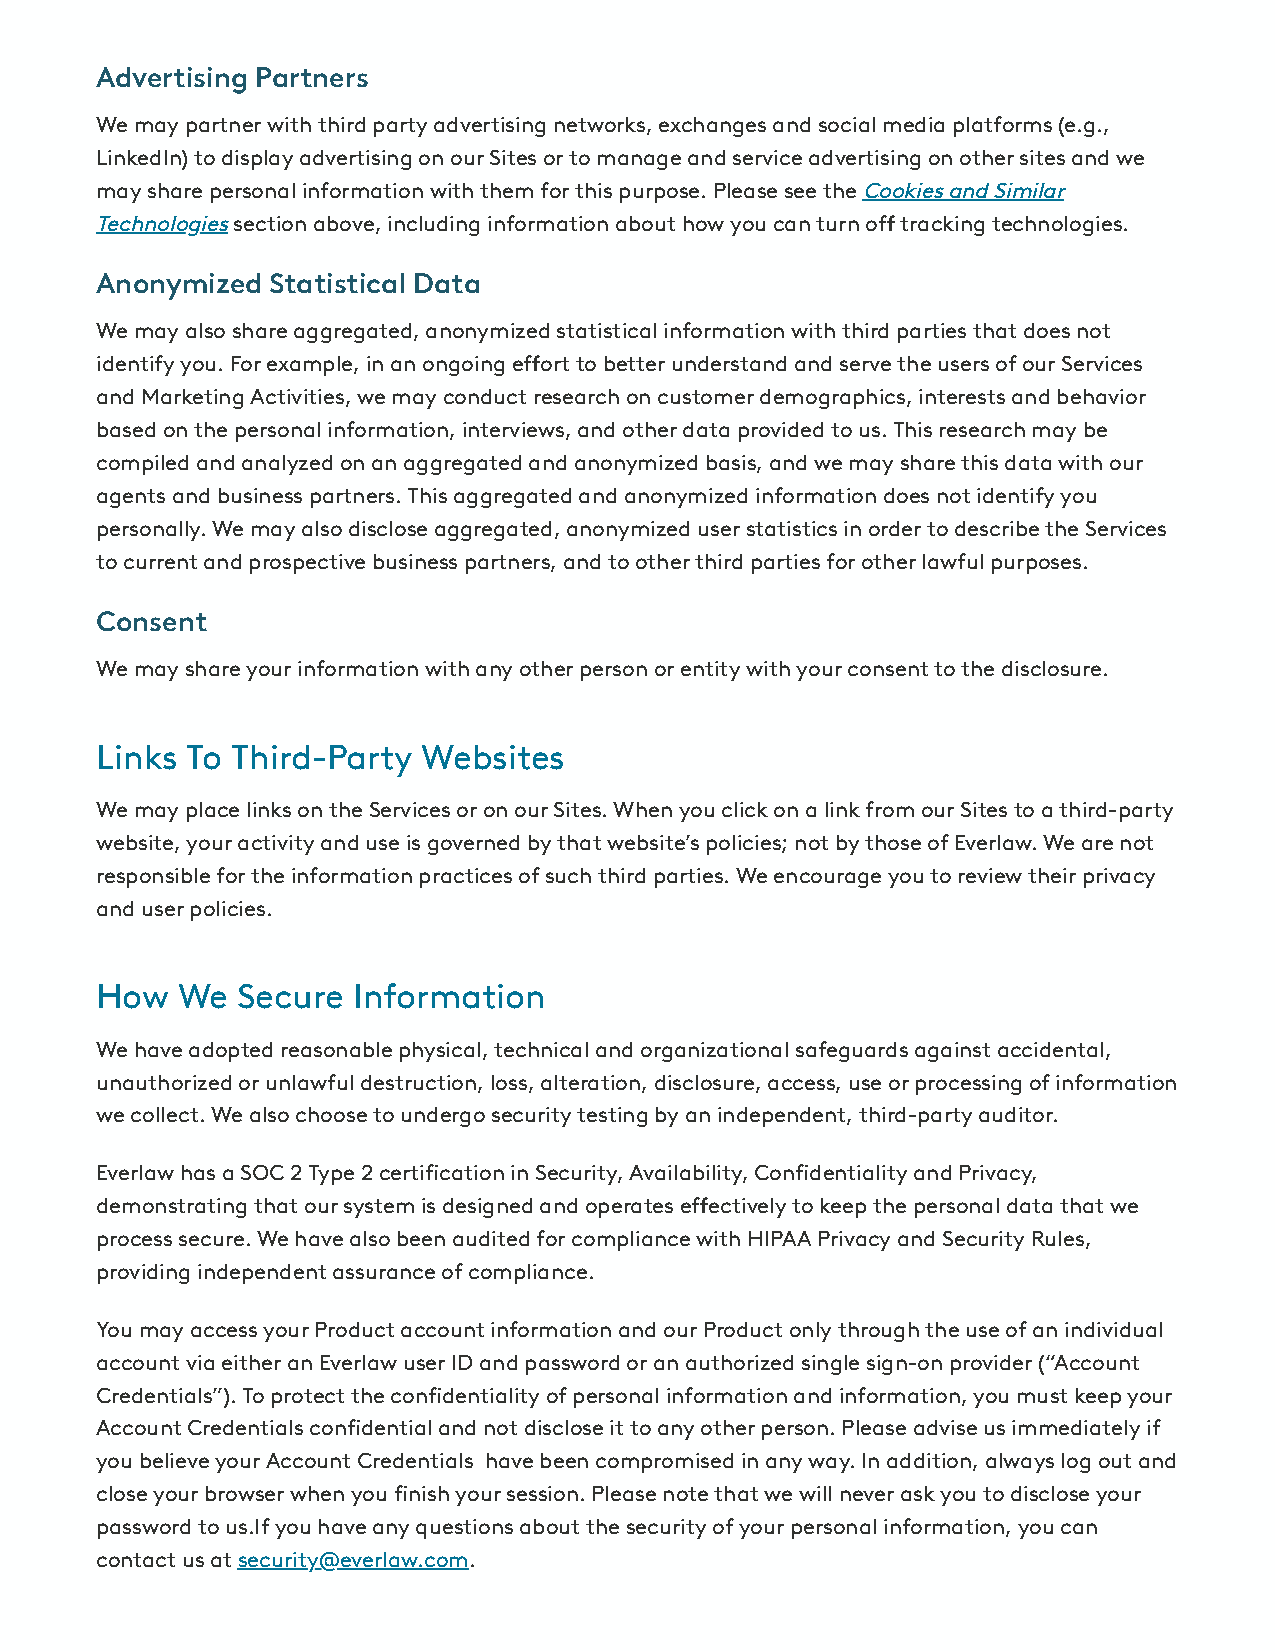
Advertising Partners
 We may partner with third party advertising networks, exchanges and social media platforms (e.g.,
 LinkedIn) to display advertising on our Sites or to manage and service advertising on other sites and we
 may share personal information with them for this purpose. Please see the Cookies and Similar
 Technologies section above, including information about how you can turn o tracking technologies.
 Anonymized  Statistical Data
 We may also share aggregated, anonymized statistical information with third parties that does not
 identify you. For example, in an ongoing eort to better understand and serve the users of our Services
 and Marketing Activities, we may conduct research on customer demographics, interests and behavior
 based on the personal information, interviews, and other data provided to us. This research may be
 compiled and analyzed on an aggregated and anonymized basis, and we may share this data with our
 agents and business partners. This aggregated and anonymized information does not identify you
 personally. We may also disclose aggregated, anonymized user statistics in order to describe the Services
 to current and prospective business partners, and to other third parties for other lawful purposes.
 Consent
 We may share your information with any other person or entity with your consent to the disclosure.
 Links To Third-Party  Websites
 We may place links on the Services or on our Sites. When you click on a link from our Sites to a third-party
 website, your activity and use is governed by that website’s policies; not by those of Everlaw. We are not
 responsible for the information practices of such third parties. We encourage you to review their privacy
 and user policies.
 How   We  Secure Information
 We have adopted reasonable physical, technical and organizational safeguards against accidental,
 unauthorized or unlawful destruction, loss, alteration, disclosure, access, use or processing of information
 we collect. We also choose to undergo security testing by an independent, third-party auditor.
 Everlaw has a SOC 2 Type 2 certication in Security, Availability, Condentiality and Privacy,
 demonstrating that our system is designed and operates eectively to keep the personal data that we
 process secure. We have also been audited for compliance with HIPAA Privacy and Security Rules,
 providing independent assurance of compliance.
 You may access your Product account information and our Product only through the use of an individual
 account via either an Everlaw user ID and password or an authorized single sign-on provider (“Account
 Credentials”). To protect the condentiality of personal information and information, you must keep your
 Account Credentials condential and not disclose it to any other person. Please advise us immediately if
 you believe your Account Credentials have been compromised in any way. In addition, always log out and
 close your browser when you nish your session. Please note that we will never ask you to disclose your
 password to us.If you have any questions about the security of your personal information, you can
 contact us at security@everlaw.com.